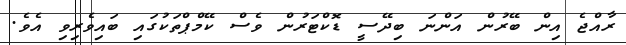
ރާއްޖެ އިން ބޭރުން އަންނަ ބިދޭސީ ޑޮކްޓަރުން ވެސް ކޭމްޕްތަކުގައި ބައިވެރިވި އެވެ.